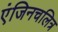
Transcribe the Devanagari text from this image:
एंजिनचलित्र